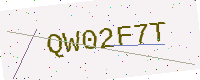
Text: QW02F7T